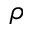
\rho